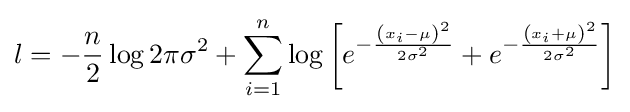
l=-{\frac {n}{2}}\log {2\pi \sigma ^{2}}+\sum _{i=1}^{n}\log {\left[e^{-{\frac {\left(x_{i}-\mu \right)^{2}}{2\sigma ^{2}}}}+e^{-{\frac {\left(x_{i}+\mu \right)^{2}}{2\sigma ^{2}}}}\right]}